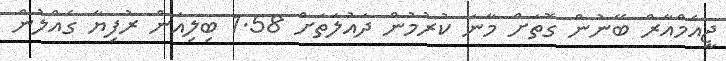
ޖީއެމްއާރް ބޭނުން ގޮތަށް މާނަ ކުރުމުން ދައުލަތަށް 1.58 ބިލިއަން ރުފިޔާ ގެއްލުން